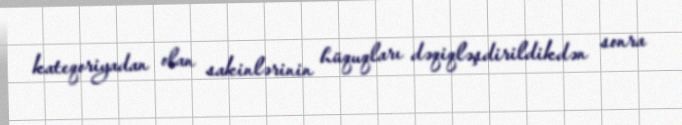
kateqoriyadan olan sakinlərinin hüquqları dəqiqləşdirildikdən sonra